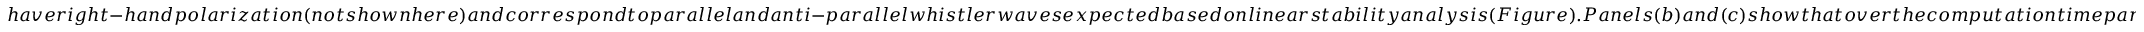
h a v e r i g h t - h a n d p o l a r i z a t i o n ( n o t s h o w n h e r e ) a n d c o r r e s p o n d t o p a r a l l e l a n d a n t i - p a r a l l e l w h i s t l e r w a v e s e x p e c t e d b a s e d o n l i n e a r s t a b i l i t y a n a l y s i s ( F i g u r e ) . P a n e l s ( b ) a n d ( c ) s h o w t h a t o v e r t h e c o m p u t a t i o n t i m e p a r a l l e l a n d a n t i - p a r a l l e l w h i s t l e r w a v e s r e a c h p e a k a m p l i t u d e s o f a b o u t